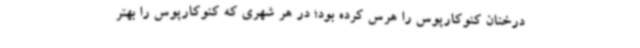
درختان کنوکارپوس را هرس کرده بود؛ در هر شهری که کنوکارپوس را بهتر